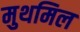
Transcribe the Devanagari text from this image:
मुथमिल